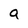
Character: a